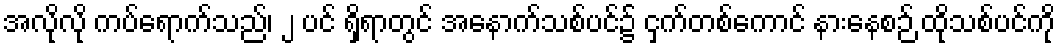
အလိုလို ကပ်ရောက်သည်၊ ၂ ပင် ရှိရာတွင် အနောက်သစ်ပင်၌ ငှက်တစ်ကောင် နားနေစဉ် ထိုသစ်ပင်ကို